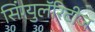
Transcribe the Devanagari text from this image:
सिंग्युलॅरिटीज